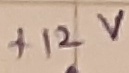
Text: +12V